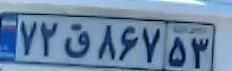
۷۲ق۸۶۷۵۳